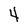
Character: 4